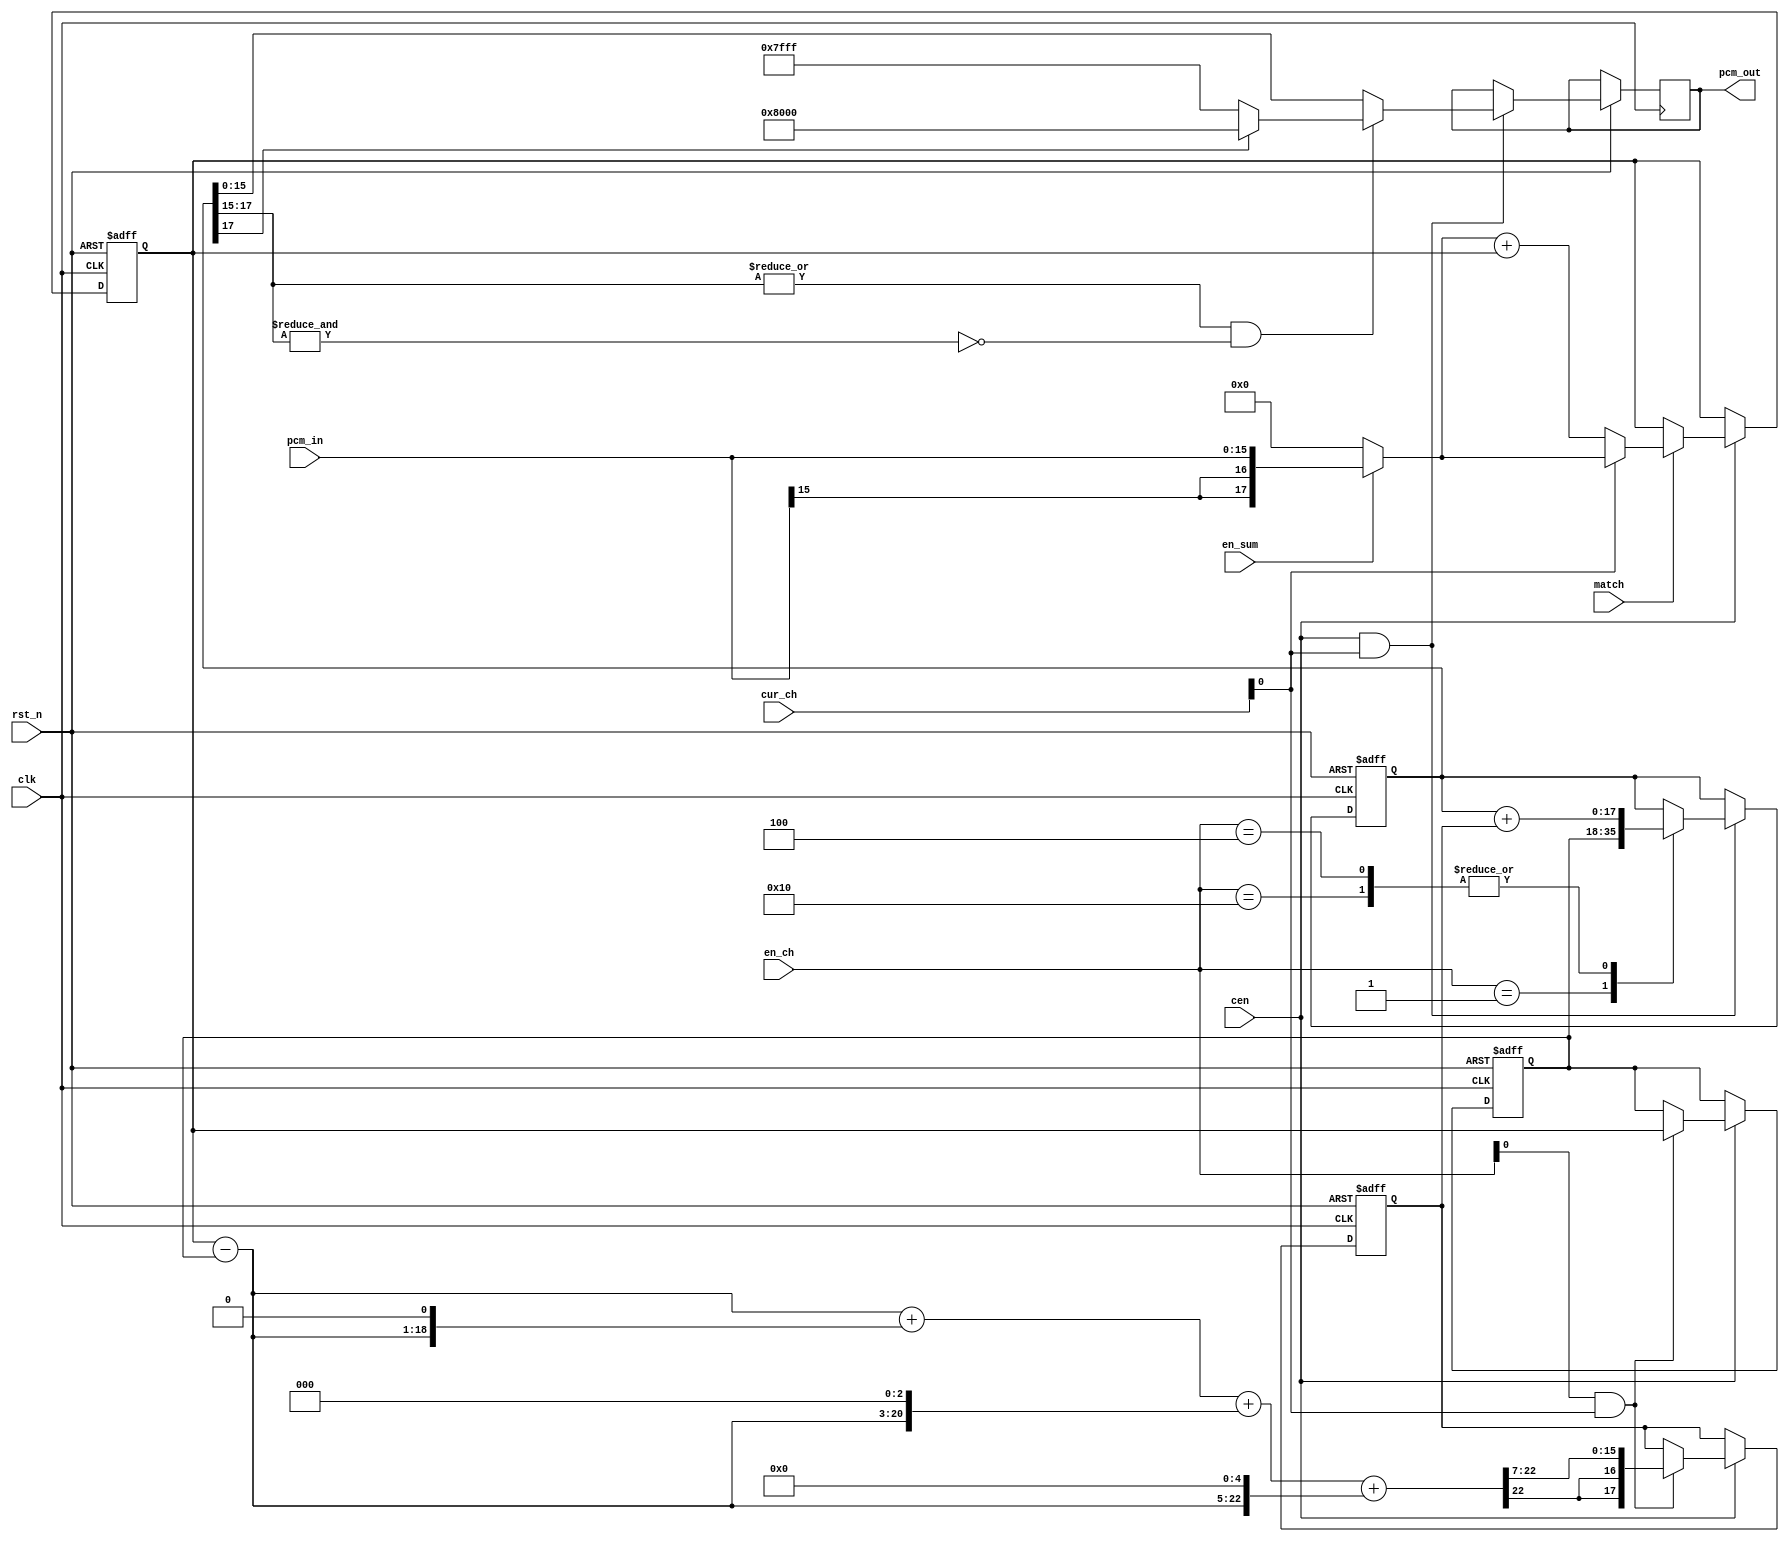
module jt10_adpcm_acc(
    input           rst_n,
    input           clk,        // CPU clock
    input           cen,        // 111 kHz
    // pipeline channel
    input   [5:0]   cur_ch,
    input   [5:0]   en_ch,
    input           match,

    input           en_sum,
    input  signed [15:0] pcm_in,    // 18.5 kHz
    output reg signed [15:0] pcm_out    // 55.5 kHz
);

wire signed [17:0] pcm_in_long = en_sum ? { {2{pcm_in[15]}}, pcm_in } : 18'd0;
reg  signed [17:0] acc, last, pcm_full;
reg  signed [17:0] step;

reg signed [17:0] diff;
reg signed [22:0] diff_ext, step_full; 

always @(*) begin
    diff = acc-last;
    diff_ext = { {5{diff[17]}}, diff };
    step_full = diff_ext        // 1/128
        + ( diff_ext << 1 )     // 1/64
        + ( diff_ext << 3 )     // 1/16
        + ( diff_ext << 5 );    // 1/4

end

wire adv = en_ch[0] & cur_ch[0];

always @(posedge clk or negedge rst_n)
    if( !rst_n ) begin
        step <= 'd0;
        acc  <= 18'd0;
        last <= 18'd0;
    end else if(cen) begin
        if( match )
            acc <= cur_ch[0] ? pcm_in_long : ( pcm_in_long + acc );
        if( adv ) begin
            // step = diff * (1/4+1/16+1/64+1/128)
            step <= { {2{step_full[22]}}, step_full[22:7] }; // >>>7;
            last <= acc;
        end
    end
wire overflow = |pcm_full[17:15] & ~&pcm_full[17:15];

always @(posedge clk or negedge rst_n)
    if( !rst_n ) begin
        pcm_full <= 18'd0;
    end else if(cen && cur_ch[0]) begin
        case( en_ch )
            6'b000_001: pcm_full <= last;
            6'b000_100,
            6'b010_000: pcm_full <= pcm_full + step;
            default:;
        endcase
        if( overflow )
            pcm_out <= pcm_full[17] ? 16'h8000 : 16'h7fff; // saturate
        else
            pcm_out <= pcm_full[15:0];
    end

endmodule